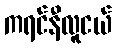
ကရင်နီလူငယ်